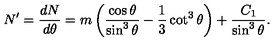
N ^ { \prime } = \frac { d N } { d \theta } = m \left( \frac { \cos \theta } { \sin ^ { 3 } \theta } - \frac 1 3 \cot ^ { 3 } \theta \right) + \frac { C _ { 1 } } { \sin ^ { 3 } \theta } .